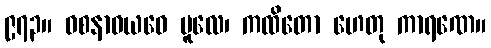
၉၇၃။ ဝစနာဝယဝေ မူလေ၊ ကထိတော ဟေတု ကာရဏေ။